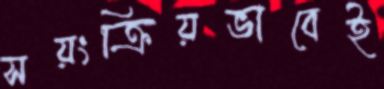
সয়ংক্রিয়ভাবেই